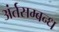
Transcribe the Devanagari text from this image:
अंर्तसम्बन्ध